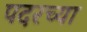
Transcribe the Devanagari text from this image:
पदरच्या